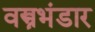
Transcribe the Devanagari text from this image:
वस्त्रभंडार